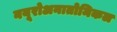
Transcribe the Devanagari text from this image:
नयूरोअनातोमिकल